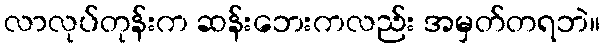
လာလုပ်တုန်းက ဆန်းဘေးကလည်း အမှတ်တရဘဲ။